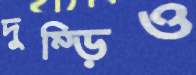
দুম্‌ড়িও